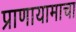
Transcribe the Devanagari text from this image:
प्राणायामाचा